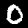
Digit: 0